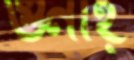
গুনাহ্